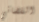
القضائي